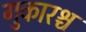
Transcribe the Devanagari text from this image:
गुकारश्च